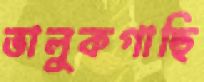
ভালুকগাছি